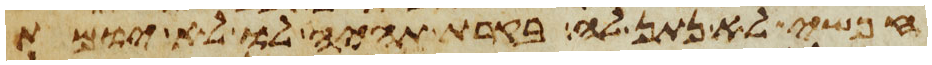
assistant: חפשי לא נתן לה בקרת תהיה לו לא יומת